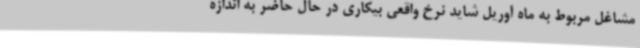
مشاغل مربوط به ماه آوریل شاید نرخ واقعی بیکاری در حال حاضر به اندازه